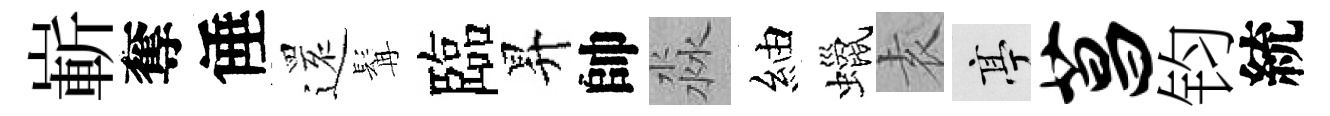
嶄奪倕𮟃髯臨昇帥淼紬蠟𡊮亭菖钧統